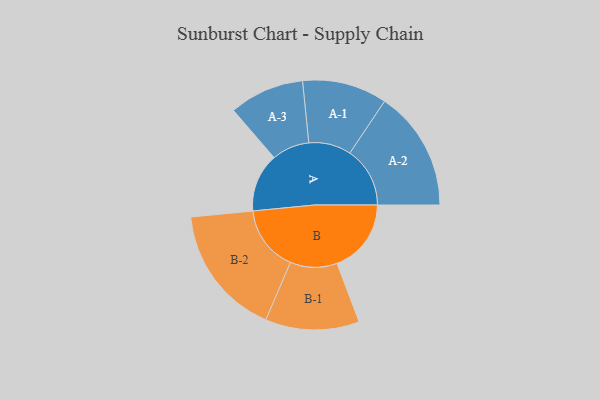
{"axis": {"x": "Segment", "y": "Value"}, "legend": ["", "A", "B"], "data": [{"x": "A", "y": 267, "type": ""}, {"x": "B", "y": 338, "type": ""}, {"x": "A-1", "y": 193, "type": "A"}, {"x": "A-2", "y": 274, "type": "A"}, {"x": "A-3", "y": 171, "type": "A"}, {"x": "B-1", "y": 214, "type": "B"}, {"x": "B-2", "y": 299, "type": "B"}]}